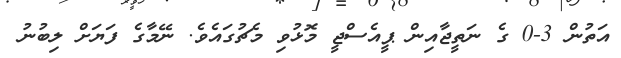
އަތުން 3-0 ގެ ނަތީޖާއިން ޕީއެސްޖީ މޮޅުވި މެޗުގައެވެ. ނޭމާގެ ފަޔަށް ލިބުނު